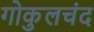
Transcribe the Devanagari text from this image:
गोकुलचंद